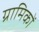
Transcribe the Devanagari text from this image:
ग्रामिकों